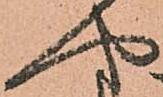
や